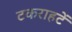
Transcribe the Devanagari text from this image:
टकराहटें